Assam Mental Hospital (Tezpur, India) - 1933-1948
Year: 1933
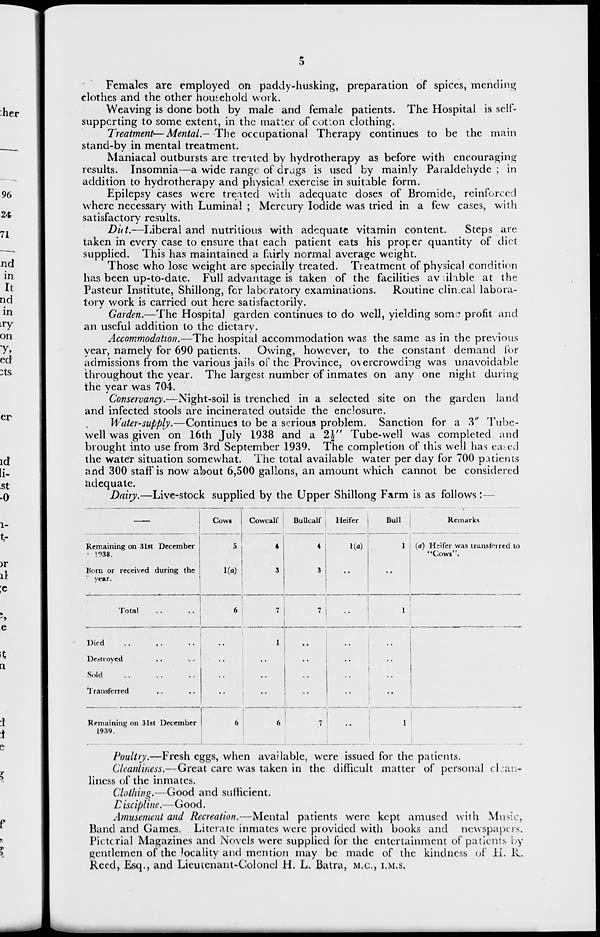
5
Females are employed on paddy-husking, preparation of spices, mending
clothes and the other household work.
Weaving is done both by male and female patients. The Hospital is self-
supporting to some extent, in the matter of cotton clothing.
Treatment—Mental.- The occupational Therapy continues to be the main
stand-by in mental treatment.
Maniacal outbursts are treated by hydrotherapy as before with encouraging
results. Insomnia—a wide range of drugs is used by mainly Paraldehyde ; in
addition to hydrotherapy and physical exercise in suitable form.
Epilepsy cases were treated with adequate doses of Bromide, reinforced
where necessary with Luminal ; Mercury Iodide was tried in a few cases, with
satisfactory results.
Diet.—Liberal and nutritious with adequate vitamin content.
Steps arc
taken in every case to ensure that each patient eats his proper quantity of diet
supplied. This has maintained a fairly normal average weight.
Those who lose weight are specially treated. Treatment of physical condition
has been up-to-date. Full advantage is taken of the facilities available at the
Pasteur Institute, Shillong, for laboratory examinations. Routine clin cal labora-
tory work is carried out here satisfactorily.
Garden.—The Hospital garden continues to do well, yielding some profit and
an useful addition to the dietary.
Accommodation.—The hospital accommodation was the same as in the previous
year, namely for 690 patients. Owing, however, to the constant demand for
admissions from the various jails of the Province, overcrowding was unavoidable
throughout the year. The largest number of inmates on any one night during
the year was 704.
Conservancy.—Night-soil is trenched in a selected site on the garden land
and infected stools are incinerated outside the enclosure.
Water-supply.—Continues to be a serious problem. Sanction for a 3" Tube-
well was given on 16th July 1938 and a 2½" Tube-well was completed and
brought into use from 3rd September 1939. The completion of this well has cased
the water situation somewhat. The total available water per day for 700 patients
and 300 staff is now about 6,500 gallons, an amount which cannot be considered
adequate.
Dairy.—Live-stock supplied by the Upper Shillong Farm is as follows :—
––
Remaining on 31st December
1938.
Born or received during the
year.
Total
..
..
Died .. .. ..
Destroyed .. .. ..
Sold .. .. ..
Transferred .. ..
Remaining on 31st December
1939.
Cows
5
1(a)
6
..
..
..
..
6
Cowcalf
4
3
7
1
..
..
..
6
Bullcalf
4
3
7
..
..
..
..
7
Heifer
1(a)
..
..
..
..
..
..
..
Bull
1
..
1
..
..
..
..
1
Remarks
(a)
Heifer was transferred to
"Cows".
Poultry.—Fresh eggs, when available, were issued for the patients.
Cleanliness.—Great care was taken in the difficult matter of personal clean-
liness of the inmates.
Clothing.—Good and sufficient.
Discipline.—Good.
Amusement and Recreation.—Mental patients were kept amused with Music
Band and Games. Literate inmates were provided with books and newspapers.
Pictorial Magazines and Novels were supplied for the entertainment of patients by
gentlemen of the locality and mention may be made of the kindness of H.R.
Reed, Esq., and Lieutenant-Colonel H. L. Batra, M.C, I.M.S.